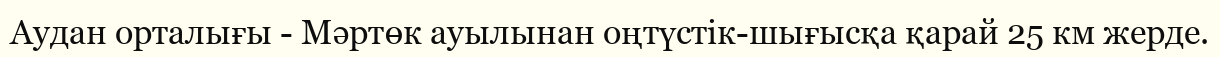
Аудан орталығы - Мәртөк ауылынан оңтүстік-шығысқа қарай 25 км жерде.